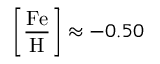
\left[ { \frac { \mathrm { F e } } { \mathrm { H } } } \right] \approx - 0 . 5 0